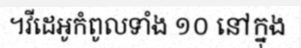
។វីដេអូកំពូលទាំង ១០ នៅក្នុង